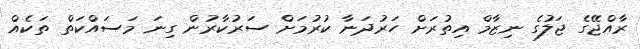
ރާއްޖޭގެ ޖަލުގެ ނިޒާމް އިތުރަށް ހަރުދަނާ ކުރުމަށް ސަރުކާރުން ގިނަ މަސައްކަތް ތަކެއް